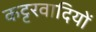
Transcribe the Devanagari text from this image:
कट्टरवादियों